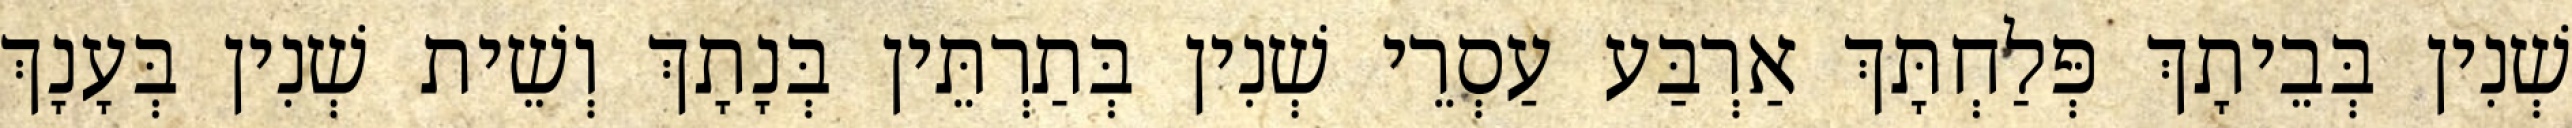
שְׁנִין בְּבֵיתָךְ פְּלַחְתָּךְ אַרְבַּע עַסְרֵי שְׁנִין בְּתַרְתֵּין בְּנָתָךְ וְשֵׁית שְׁנִין בְּעָנָךְ